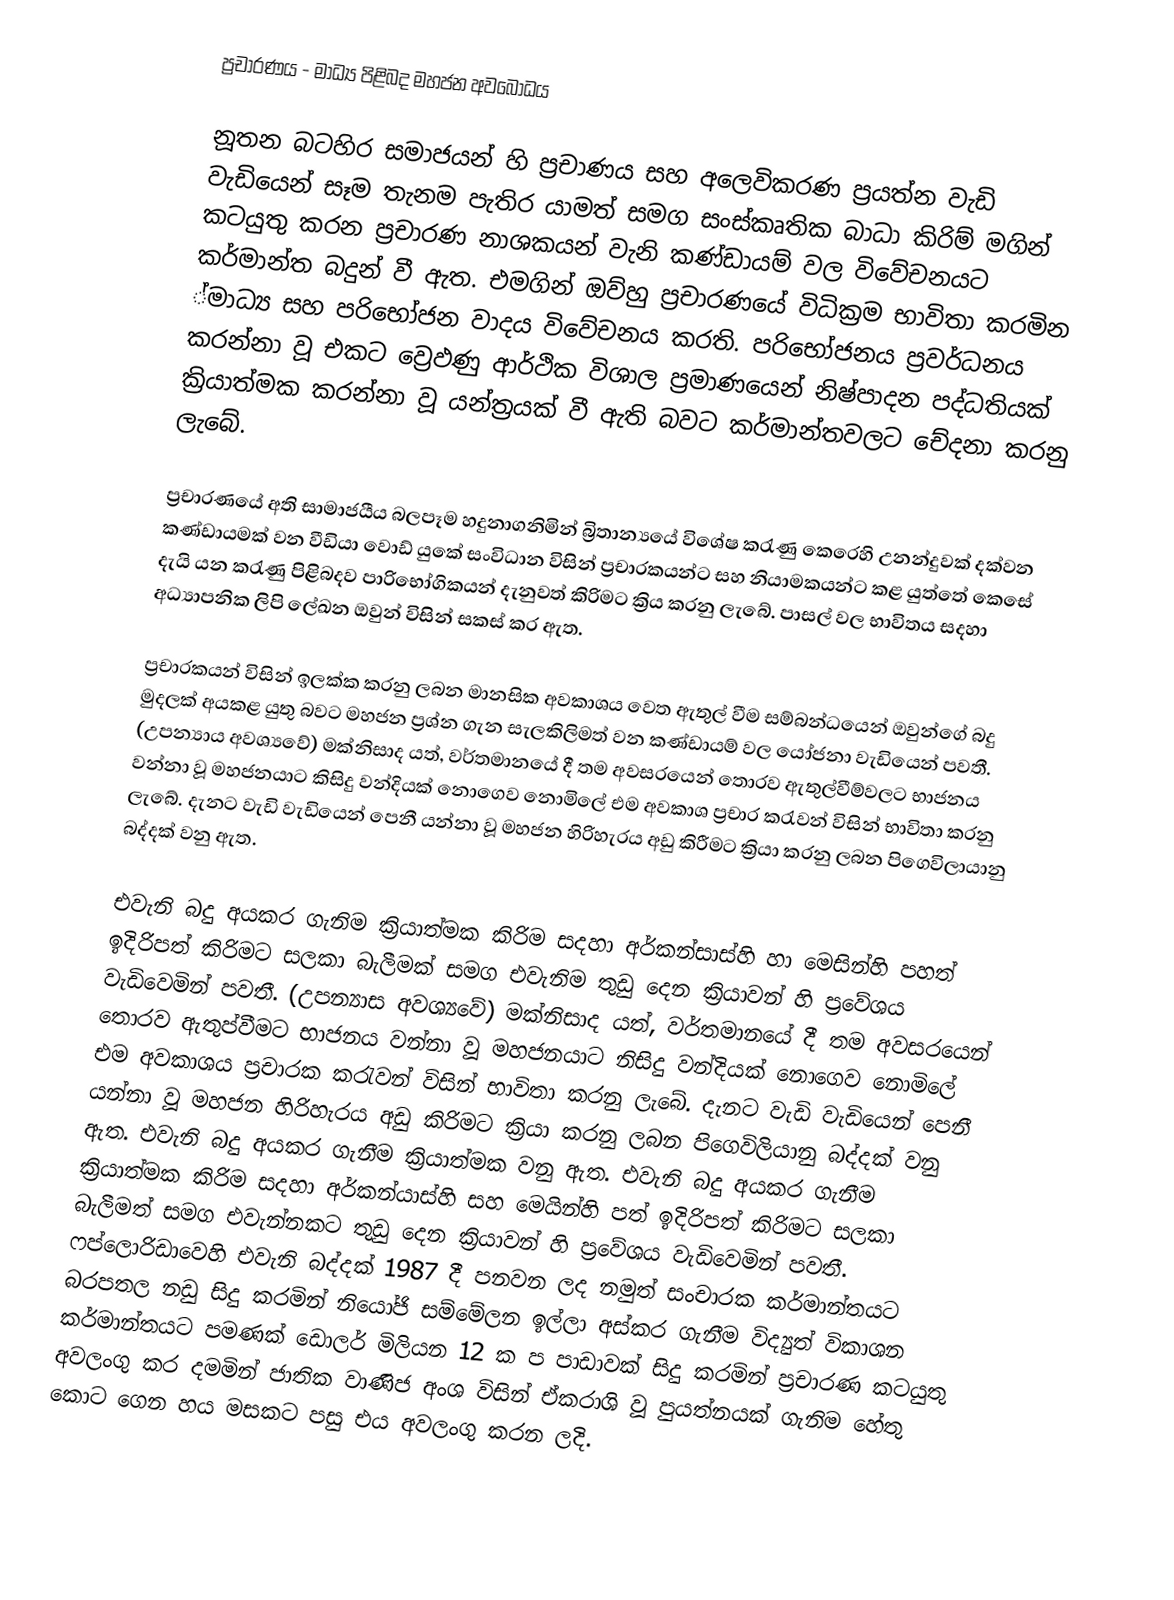
ප්‍රචාරණය - මාධ්‍ය පිළිබද මහජන අවබෝධය

නූතන බටහිර සමාජයන් හි ප්‍රචාණය සහ අලෙවිකරණ ප්‍රයත්න වැඩි වැඩියෙන් සෑම තැනම පැතිර යාමත් සමග  සංස්කෘතික බාධා කිරිම් මගින් කටයුතු කරන ප්‍රචාරණ  නාශකයන් වැනි කණ්ඩායම් වල විවේචනයට කර්මාන්ත බදුන් ‍වී ඇත. එමගින් ඔව්හු ප්‍රචාරණයේ විධික්‍රම භාවිතා කරමින ්මාධ්‍ය සහ පරිභෝජන වාදය විවේචනය කරති. පරිභෝජනය ප්‍රවර්ධනය කරන්නා වූ එකට ව්‍රෙඵණු ආර්ථික විශාල ප්‍රමාණයෙන් නිෂ්පාදන පද්ධතියක් ක්‍රියාත්මක කරන්නා වූ යන්ත්‍රයක් වී ඇති බවට කර්මාන්තවලට චේදනා කරනු ලැබේ.

ප්‍රචාරණයේ අති සාමාජයීය බලපෑම හදුනාගනිමින් බ්‍රිතාන්‍යයේ විශේෂ කරැණු කෙරෙහි උනන්දුවක් දක්වන කණ්ඩායමක් වන වීඩියා වොඩ් යුකේ සංවිධාන විසින් ප්‍රචාරකයන්ට සහ  නියාමකයන්ට කළ යුත්තේ කෙසේ දැයි යන කරැණු පිළිබදව පාරිභෝගිකයන් දැනුවත් කිරිමට ක්‍රිය කරනු ලැබේ. පාසල් වල භාවිතය සදහා අධ්‍යාපනික ලිපි ලේඛන ඔවුන් විසින් සකස් කර ඇත.

ප්‍රචාරකයන් විසින් ඉලක්ක කරනු ලබන මානසික අවකාශය වෙත ඇතුල් වීම සම්බන්ධයෙන් ඔවුන්ගේ බදු මුදලක් අයකළ යුතු බවට මහජන ප්‍රශ්න ගැන සැලකිලිමත් වන කණ්ඩායම් වල යෝජනා වැඩියෙන් පවතී. (උපන්‍යාය අවශ්‍යවේ)  මක්නිසාද යත්, වර්තමානයේ දී තම අවසරයෙන් තොරව  ඇතුල්වීම්වලට භාජනය වන්නා වූ මහජනයාට කිසිදු වන්දියක් නොගෙව නොමිලේ එම අවකාශ ප්‍රචාර කරැවන් විසින් භාවිතා කරනු ලැබේ. දැනට වැඩි වැඩියෙන් පෙනී යන්නා වූ මහජන හිරිහැරය අඩු කිරීමට ක්‍රියා කරනු  ලබන  පිගෙවිලායානු බද්දක් වනු ඇත.

එවැනි  බදු අයකර ගැනිම  ක්‍රියාත්මක  කිරිම සදහා අර්කන්සාස්හි හා මෙසින්හි පහත් ඉදිරිපත් කිරිමට සලකා බැලීමක් සමග එවැනිම තුඩු දෙන ක්‍රියාවන් හි ප්‍රවේශය වැඩිවෙමින් පවතී.   (උපන්‍යාස අව‍ශ්‍යවේ) මක්නිසාද යත්, වර්තමානයේ දී තම අවසරයෙන් තොරව ඇතුප්වීමට භාජනය වන්නා වූ මහජනයාට නිසිදු වන්දියක් නොගෙව  නොමිලේ එම අවකාශය ප්‍රචාරක  කරැවන් විසින් භාවිතා කරනු ලැබේ. දැනට වැඩි වැඩියෙන් පෙනී යන්නා වූ මහජන  හිරිහැරය අඩු කිරිමට ක්‍රියා කරනු ලබන පිගෙවිලියානු බද්දක් වනු ඇත. එවැනි බදු අයකර ගැනීම ක්‍රියාත්මක වනු ඇත. එවැනි  බදු අයකර ගැනීම ක්‍රියාත්මක කිරිම සදහා අර්කන්යාස්හි සහ මෙයින්හි පත් ඉදිරිපත් කිරිමට සලකා බැලීමත් සමග එවැන්නකට තුඩු දෙන ක්‍රියාවන් හි ප්‍රවේශය වැඩිවෙමින් පවතී. ෆප්ලොරිඩාවෙහි එවැනි බද්දක් 1987 දී පනවන ලද නමුත් සංචාරක කර්මාන්තයට බරපතල  නඩු සිදු කරමින් නියෝජි සම්මේලන ඉල්ලා අස්කර ගැනීම විද්‍යුත් විකාශන කර්මාන්තයට පමණක් ඩොලර් මිලියන 12 ක ප පාඩාවක් සිදු කරමින් ප්‍රචාරණ කටයුතු අවලංගු  කර දමමින්  ජාතික වාණිජ අංශ විසින් ඒකරාශි වූ පුයත්නයක් ගැනිම හේතු කොට ගෙන හය මසකට පසු එය අවලංගු කරන ලදි.